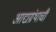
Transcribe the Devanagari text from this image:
आद्यग्रंथाची